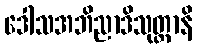
ဒေါသအဘိညာဒိသုတ္တာနိ